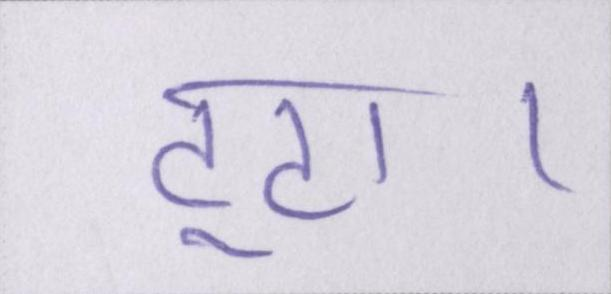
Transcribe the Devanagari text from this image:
टूटा।